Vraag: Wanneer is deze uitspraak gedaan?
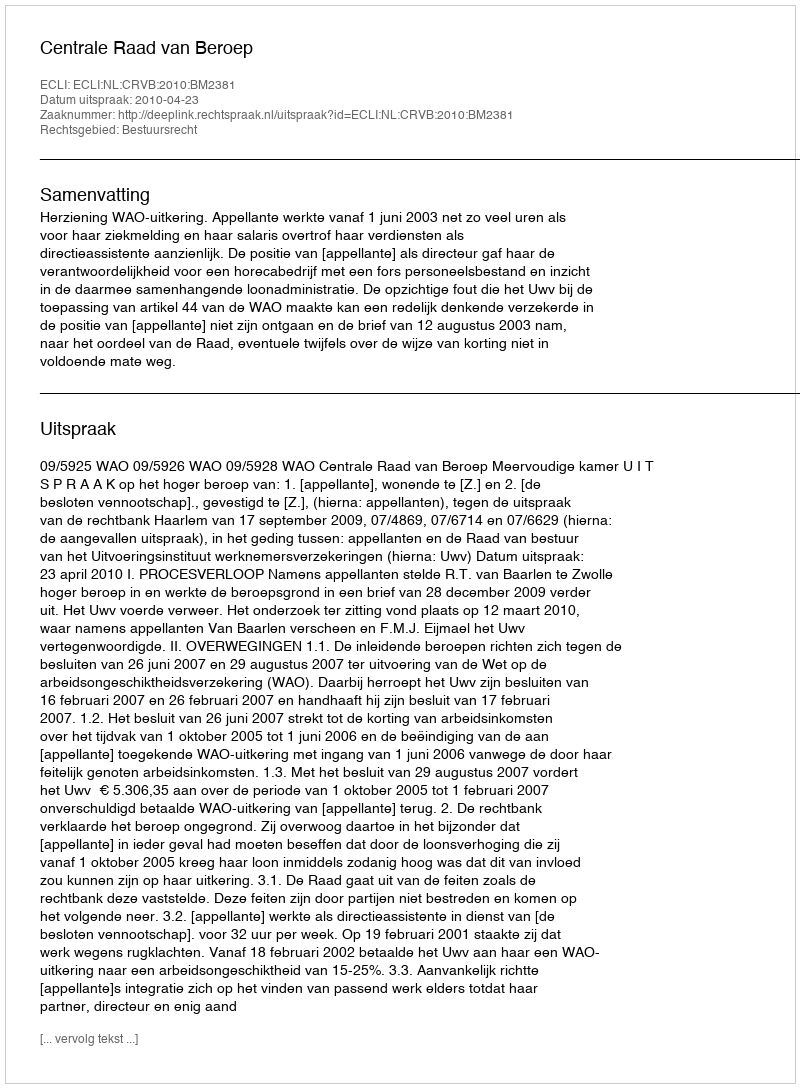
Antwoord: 2010-04-23